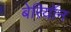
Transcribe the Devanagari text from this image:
बेरियॉन